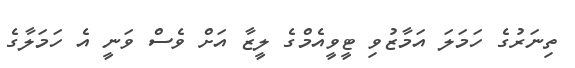
ތިނަރުގެ ހަމަލަ އަމާޒުވި ޓީވީއެމްގެ ލީޒާ އަށް ވެސް ވަނީ އެ ހަމަލާގެ